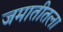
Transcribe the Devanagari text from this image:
जमातीतला